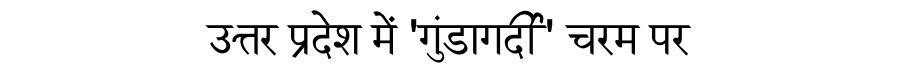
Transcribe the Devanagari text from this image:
उत्तर प्रदेश में 'गुंडागर्दी' चरम पर